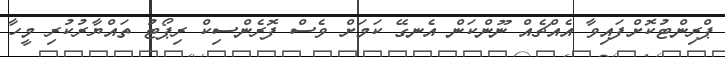
ޕްރިންޓުކޮށްފައިވާ އެއްޗެއް ނޫންކަން އެނގޭ ކަމަށް ވެސް ފޮރެންސިކް ރިޕޯޓު ތައްޔާރުކުރި މީހާ